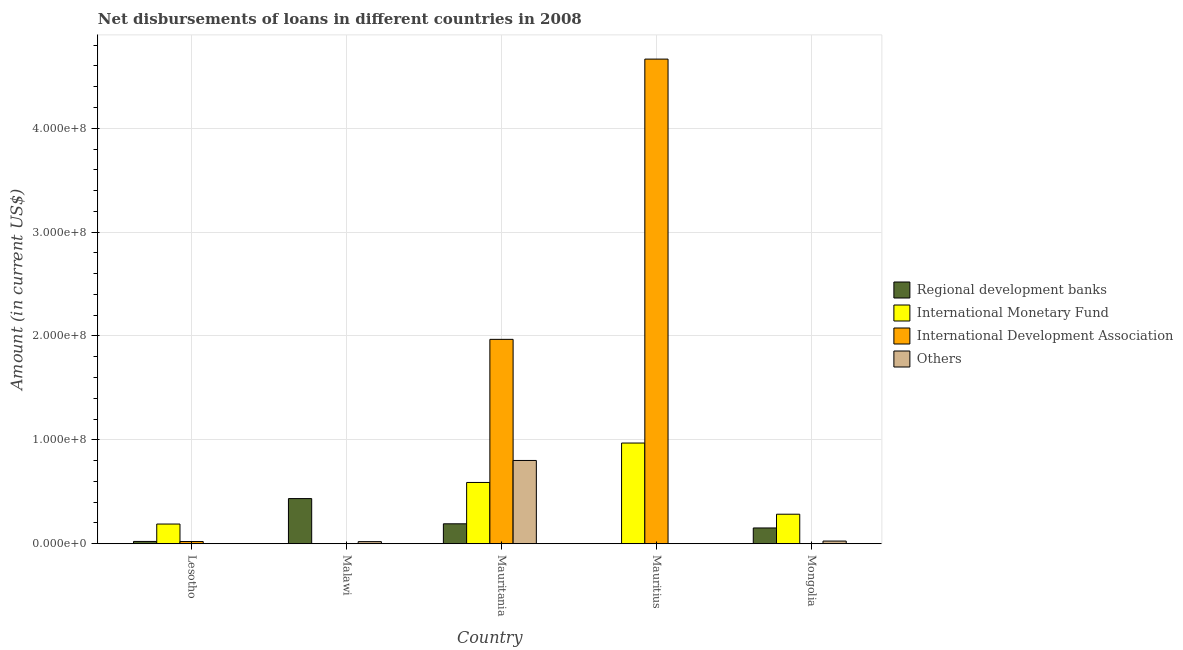
| Country | Regional development banks | International Monetary Fund | International Development Association | Others |
 | --- | --- | --- | --- | --- |
 | Lesotho | 2.23e+06 | 1.9e+07 | 2.13e+06 | -4.31e+05 |
 | Malawi | 4.35e+07 | -4.98e+06 | -1.32e+05 | 2.04e+06 |
 | Mauritania | 1.92e+07 | 5.9e+07 | 1.97e+08 | 8.02e+07 |
 | Mauritius | -1.38e+05 | 9.7e+07 | 4.67e+08 | -8.82e+06 |
 | Mongolia | 1.52e+07 | 2.84e+07 | -2.54e+06 | 2.58e+06 |